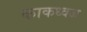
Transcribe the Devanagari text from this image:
काकध्वज